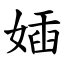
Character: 㛼